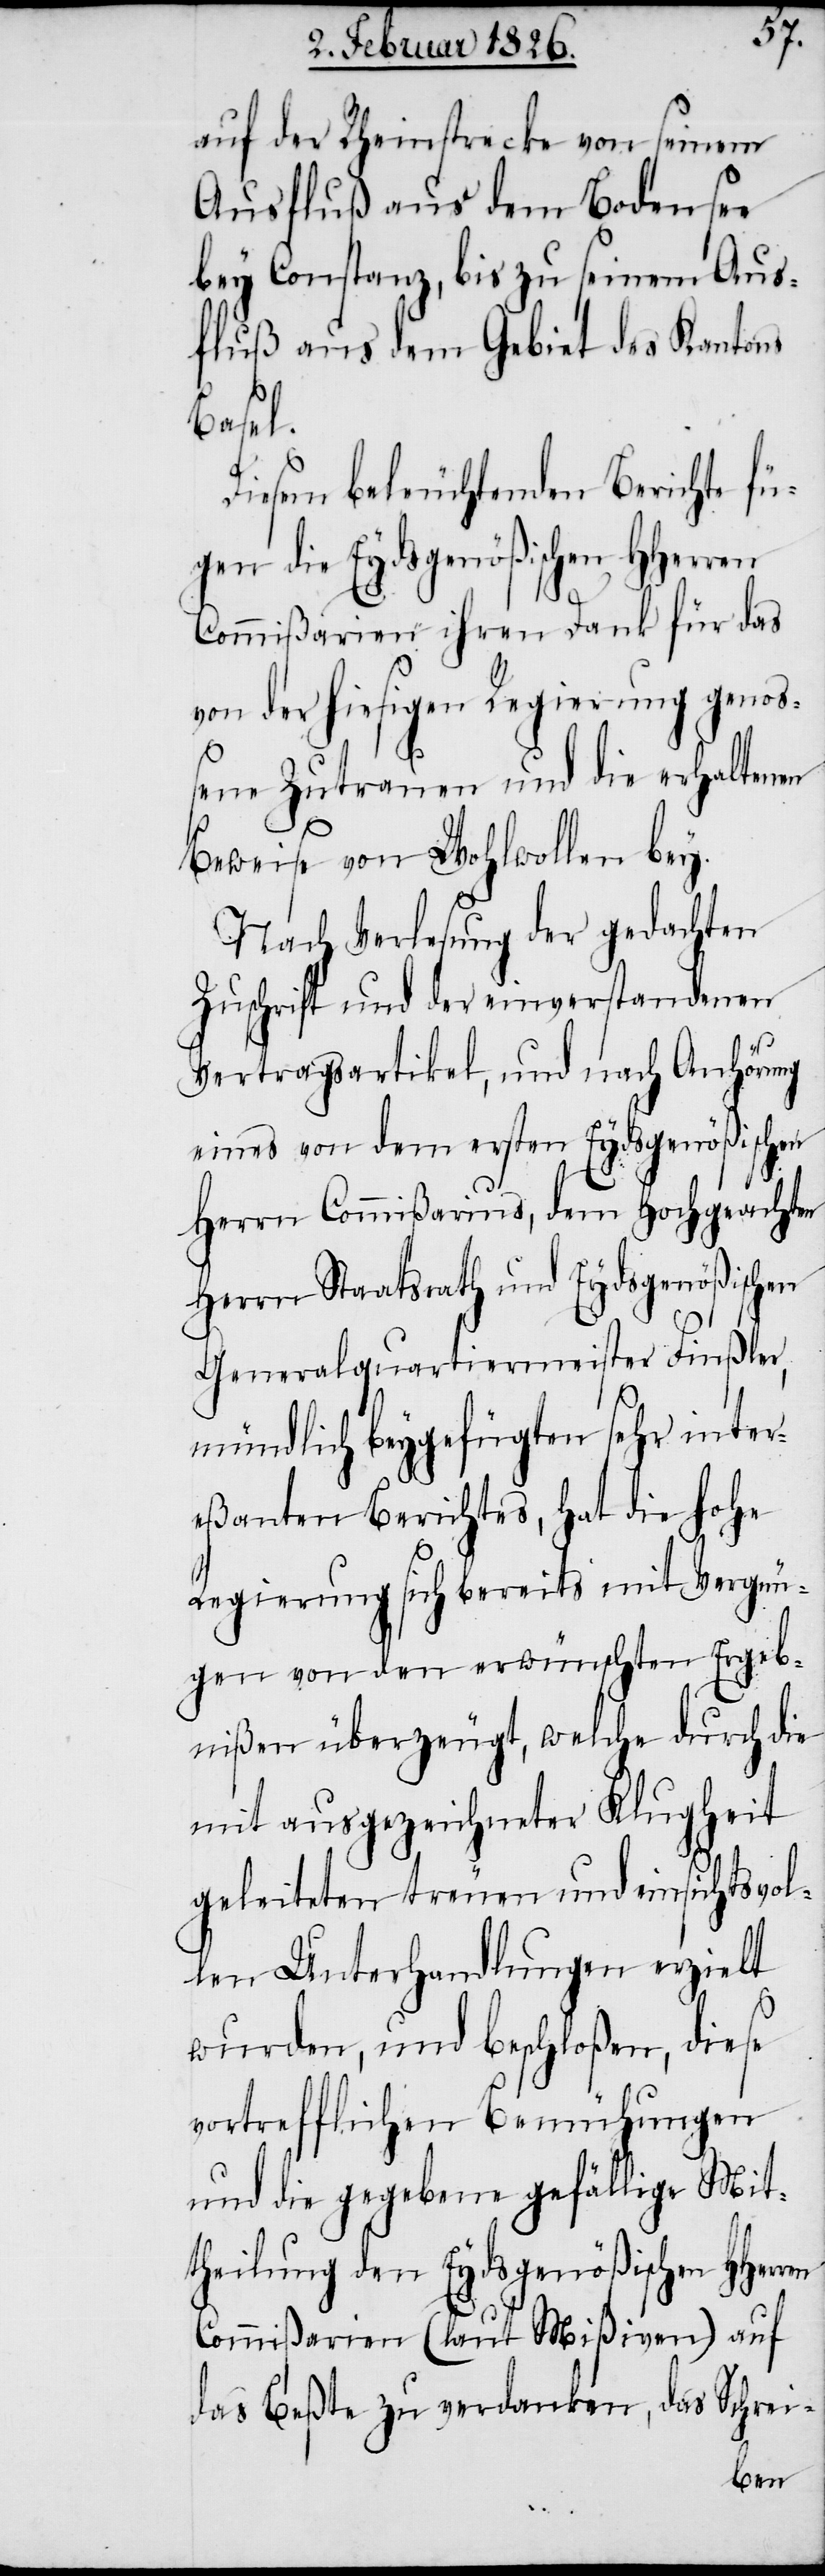
auf der Rheinstrecke von seinem
Ausfluß aus dem Bodensee
bey Constanz, bis zu seinem Aus¬
fluß aus dem Gebiet des Kantons
inter¬
Diesem beleuchtenden Berichte f¬
ügen die Eydsgenößischen HHerren
Commißarien ihren Dank für das
von der hiesigen Regierung genoß¬
ene Zutrauen und die erhaltenen
Beweise von Wohlwollen bey.
Nach Verlesung der gedachten
Zuschrift und der einverstandenen
Vertragsartikel, und nach Anhörung
eines von dem ersten Eydsgenößischen
ochgeacht¬
Herrn Commißarius, dem
vol¬
Herrn Staatsrath und
Generalquartiermei¬
mündlich beygefügten
eßanten Berichtes, hat
Regierung sich bereits mit Vergn¬
ügen von den erwünschten Ergeb¬
nißen überzeugt, welche durch
mit ausgezeichneter Klugheit
geleiteten treuen und einsichts¬
len Unterhandlungen erzielt
wurden, und beschloßen, diese
vortrefflichen Bemühungen
und die gegebene gefällige Mit¬
theilung den Eydsgenößischen HHer¬
Commißarien (laut Mißiven) auf
das Beßte zu verdanken, das Schrei-
ren